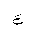
Letter: _ayn